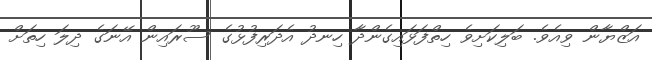
އަޒްޔާން ވިއެވެ. ބަލިކަށިވެ ހިތްފަޅައިގެންދާ ހިނދު އެދަރިފުޅުގެ ސޫރައިން އޭނަގެ ދިލަ ހިތަށް